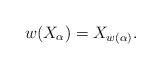
LaTeX: \begin{align*} w(X_{\alpha})=X_{w(\alpha)}.\end{align*}